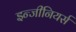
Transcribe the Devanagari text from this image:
इन्जीनियर्स